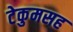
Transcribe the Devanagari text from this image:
टेकुमसह